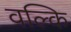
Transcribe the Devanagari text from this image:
वल्‍कि